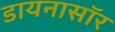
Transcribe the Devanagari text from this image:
डायनासॉर